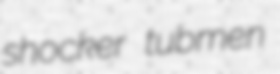
shocker tubmen